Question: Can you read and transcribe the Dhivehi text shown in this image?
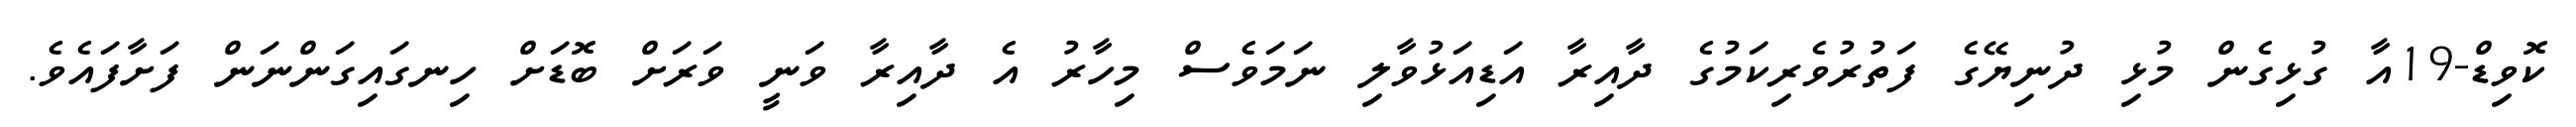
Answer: ކޮވިޑް-19އާ ގުޅިގެން މުޅި ދުނިޔޭގެ ފަތުރުވެރިކަމުގެ ދާއިރާ އަޑިއަޅުވާލި ނަމަވެސް މިހާރު އެ ދާއިރާ ވަނީ ވަރަށް ބޮޑަށް ހިނގައިގަންނަން ފަށާފައެވެ.